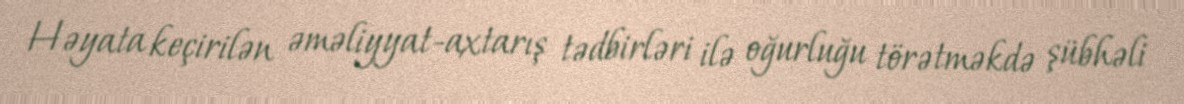
Həyata keçirilən əməliyyat-axtarış tədbirləri ilə oğurluğu törətməkdə şübhəli